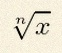
\sqrt[n]{x}